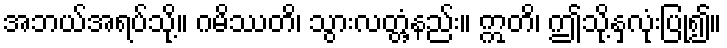
အဘယ်အရပ်သို့။ ဂမိဿတိ၊ သွားလတ္တံ့နည်း။ ဣတိ၊ ဤသို့နှလုံးပြု၍။